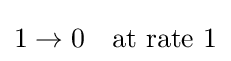
1\rightarrow 0\quad {\text{at rate }}1